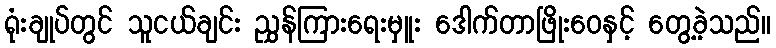
ရုံးချုပ်တွင် သူငယ်ချင်း ညွှန်ကြားရေးမှူး ဒေါက်တာဖြိုးဝေနှင့် တွေ့ခဲ့သည်။